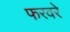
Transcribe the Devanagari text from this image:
फरवरे